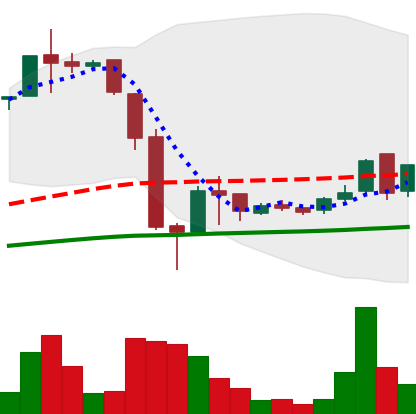
Ticker: LTC-USD
Chart end date: 2016-07-04
Forward return: -8.314%
Label: down_7plus